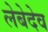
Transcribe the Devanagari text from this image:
लेबेदेव